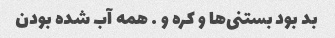
بد بود بستنی‌ها و کره و … همه آب شده بودن